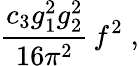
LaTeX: \frac{c_{3}g_{1}^{2}g_{2}^{2}}{16\pi^{2}}\, f^{2}\; ,